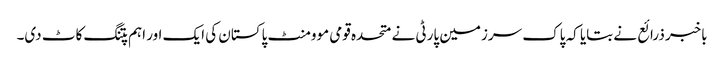
باخبر ذرائع نے بتایا کہ پاک سرزمین پارٹی نے متحدہ قومی موومنٹ پاکستان کی ایک اور اہم پتنگ کاٹ دی۔